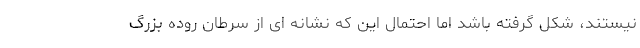
نیستند، شکل گرفته باشد اما احتمال این که نشانه ای از سرطان روده بزرگ